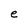
Character: e